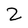
Character: 2